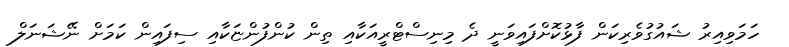
ހަމަވިއިރު ޝައުގުވެރިކަން ފާޅުކޮށްފައިވަނީ ދެ މިނިސްޓްރީއަކާއި ތިން ކުންފުންޏަކާއި ސިފައިން ކަމަށް ނޭޝަނަލް